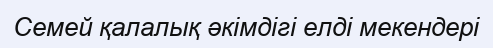
Семей қалалық әкімдігі елді мекендері